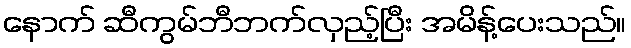
နောက် ဆီကွမ်ဘီဘက်လှည့်ပြီး အမိန့်ပေးသည်။